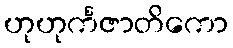
ဟုဟုင်္ကဇာတိကော